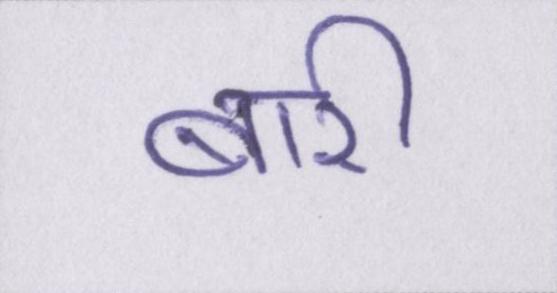
बारी